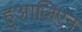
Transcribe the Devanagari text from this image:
हुआलिएन